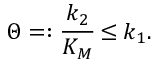
\Theta = : \cfrac { k _ { 2 } } { K _ { M } } \leq k _ { 1 } .